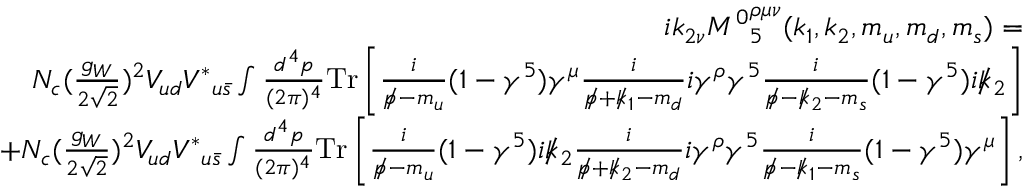
\begin{array} { r l r } & { } & { i k _ { 2 \nu } { M ^ { 0 } } _ { 5 } ^ { \rho \mu \nu } ( k _ { 1 } , k _ { 2 } , m _ { u } , m _ { d } , m _ { s } ) = } \\ & { } & { N _ { c } ( \frac { g _ { W } } { 2 \sqrt { 2 } } ) ^ { 2 } V _ { u d } { V ^ { \ast } } _ { u \bar { s } } \int \frac { d ^ { 4 } p } { ( 2 \pi ) ^ { 4 } } \mathrm { { T r } } \left[ \frac { i } { p \! \! \! / - m _ { u } } ( 1 - \gamma ^ { 5 } ) \gamma ^ { \mu } \frac { i } { p \! \! \! / + k \! \! \! / _ { 1 } - m _ { d } } i \gamma ^ { \rho } \gamma ^ { 5 } \frac { i } { p \! \! \! / - k \! \! \! / _ { 2 } - m _ { s } } ( 1 - \gamma ^ { 5 } ) i k \! \! \! / _ { 2 } \right] } \\ & { } & { + N _ { c } ( \frac { g _ { W } } { 2 \sqrt { 2 } } ) ^ { 2 } V _ { u d } { V ^ { \ast } } _ { u \bar { s } } \int \frac { d ^ { 4 } p } { ( 2 \pi ) ^ { 4 } } { \mathrm { T r } } \left[ \frac { i } { p \! \! \! / - m _ { u } } ( 1 - \gamma ^ { 5 } ) i k \! \! \! / _ { 2 } \frac { i } { p \! \! \! / + k \! \! \! / _ { 2 } - m _ { d } } i \gamma ^ { \rho } \gamma ^ { 5 } \frac { i } { p \! \! \! / - k \! \! \! / _ { 1 } - m _ { s } } ( 1 - \gamma ^ { 5 } ) \gamma ^ { \mu } \right] , } \end{array}